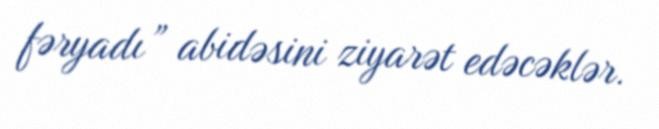
fəryadı” abidəsini ziyarət edəcəklər.